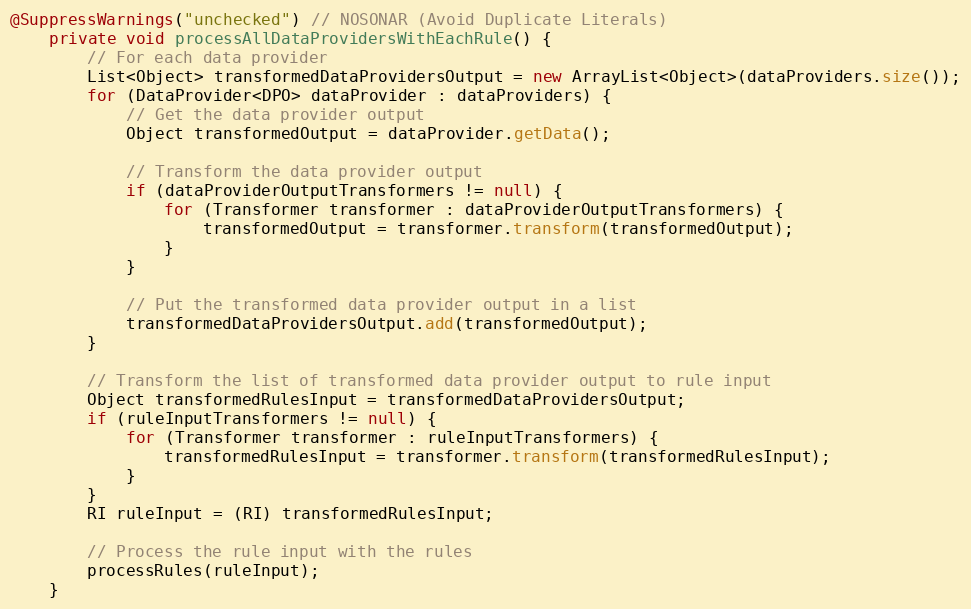
Language: Java
@SuppressWarnings("unchecked") // NOSONAR (Avoid Duplicate Literals)
    private void processAllDataProvidersWithEachRule() {
        // For each data provider
        List<Object> transformedDataProvidersOutput = new ArrayList<Object>(dataProviders.size());
        for (DataProvider<DPO> dataProvider : dataProviders) {
            // Get the data provider output
            Object transformedOutput = dataProvider.getData();

            // Transform the data provider output
            if (dataProviderOutputTransformers != null) {
                for (Transformer transformer : dataProviderOutputTransformers) {
                    transformedOutput = transformer.transform(transformedOutput);
                }
            }

            // Put the transformed data provider output in a list
            transformedDataProvidersOutput.add(transformedOutput);
        }

        // Transform the list of transformed data provider output to rule input
        Object transformedRulesInput = transformedDataProvidersOutput;
        if (ruleInputTransformers != null) {
            for (Transformer transformer : ruleInputTransformers) {
                transformedRulesInput = transformer.transform(transformedRulesInput);
            }
        }
        RI ruleInput = (RI) transformedRulesInput;

        // Process the rule input with the rules
        processRules(ruleInput);
    }